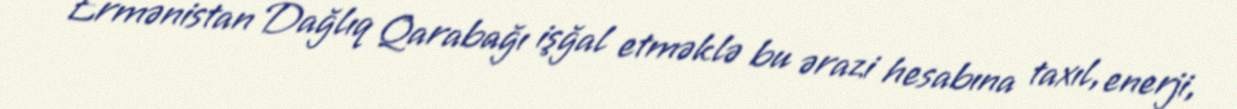
Ermənistan Dağlıq Qarabağı işğal etməklə bu ərazi hesabına taxıl, enerji,